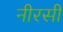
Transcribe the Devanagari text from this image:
नीरसी